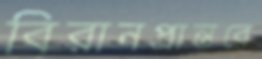
বিরানপ্রান্তরে